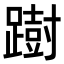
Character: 𨅒